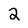
Character: 2